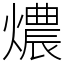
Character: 燶